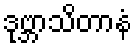
ဒုဗ္ဘာသိတာနံ